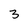
Character: 3